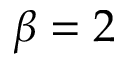
\beta = 2